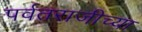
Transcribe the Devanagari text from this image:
पर्वतराजीच्या